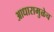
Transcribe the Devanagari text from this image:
आधारामुळेच